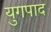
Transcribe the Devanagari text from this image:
युगपाद